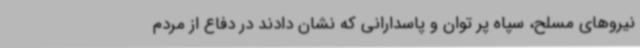
نیروهای مسلح، سپاه پر توان و پاسدارانی که نشان دادند در دفاع از مردم